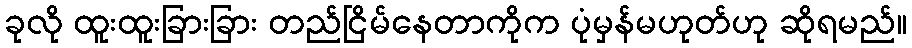
ခုလို ထူးထူးခြားခြား တည်ငြိမ်နေတာကိုက ပုံမှန်မဟုတ်ဟု ဆိုရမည်။